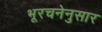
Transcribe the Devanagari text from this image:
भूरचनेनुसार